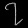
Digit: ၇